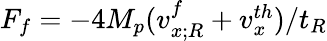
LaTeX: \begin{array}{r}{F_{f}=-4M_{p}(v_{x;R}^{f}+v_{x}^{th})/t_{R}}\end{array}